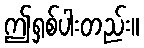
ဤရှစ်ပါးတည်း။